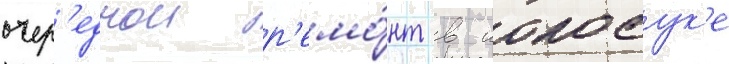
очер'еднои р'емо́нт в иокосук'е